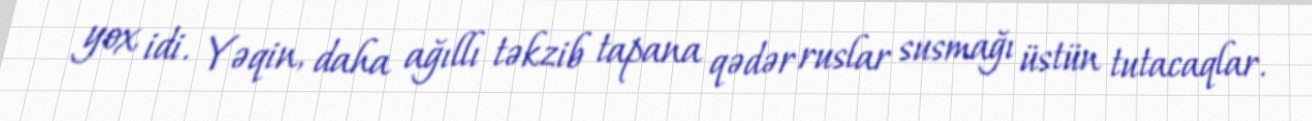
yox idi. Yəqin, daha ağıllı təkzib tapana qədər ruslar susmağı üstün tutacaqlar.